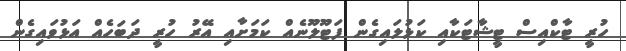
ހުރީ ޓާކްއިސް ޓީޝާޓަކާއި ކަޅުލައިގެން ފަޓޫލޫނެއް ކަމަށާއި އޭރު ހުރީ ދަަބަހެއް އަޅުވައިގެން